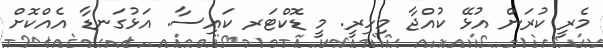
މެރީ ކުރަން އުޅޭ ކުއްޖާ މިހިރީ. މީ ޑޮކްޓަރ ކައިސާ. އަޅުގަނޑާ އެއްކޮށް